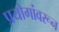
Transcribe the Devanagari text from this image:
प्रयोगांवरून